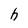
Character: h